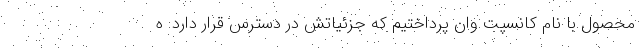
محصول با نام کانسپت وان پرداختیم که جزئیاتش در دسترس قرار دارد. ه